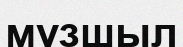
мұзшыл